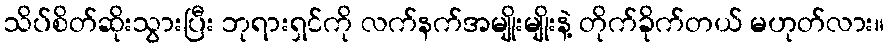
သိပ်စိတ်ဆိုးသွားပြီး ဘုရားရှင်ကို လက်နက်အမျိုးမျိုးနဲ့ တိုက်ခိုက်တယ် မဟုတ်လား။